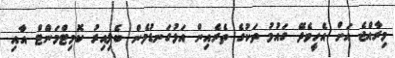
މިރާއްޖެ އަށް އެހީވެދޭ ގައުމު ތަކުގެ ތެރެއިން އަޅުގަނޑުމެން ބެލިިއިރު ކޮމިޓްމަންޓް އާއި